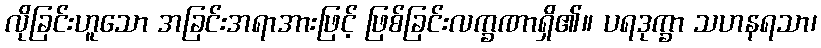
လိုခြင်းဟူသော အခြင်းအရာအားဖြင့် ဖြစ်ခြင်းလက္ခဏာရှိ၏။ ပရဒုက္ခာ သဟနရသာ၊